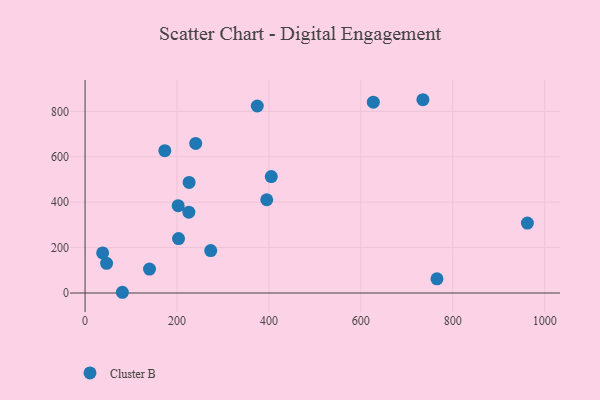
{"axis": {"x": "Experience", "y": "Exam Score"}, "legend": ["Cluster B"], "data": [{"x": "735.1", "y": 851.2, "type": "Cluster B"}, {"x": "405.2", "y": 512.7, "type": "Cluster B"}, {"x": "46.8", "y": 130.8, "type": "Cluster B"}, {"x": "240.7", "y": 658.6, "type": "Cluster B"}, {"x": "627.2", "y": 840.3, "type": "Cluster B"}, {"x": "140.2", "y": 105.3, "type": "Cluster B"}, {"x": "38.2", "y": 176.4, "type": "Cluster B"}, {"x": "81.2", "y": 3.2, "type": "Cluster B"}, {"x": "203.4", "y": 239.5, "type": "Cluster B"}, {"x": "395.3", "y": 410.7, "type": "Cluster B"}, {"x": "962.4", "y": 307.8, "type": "Cluster B"}, {"x": "765.7", "y": 62.4, "type": "Cluster B"}, {"x": "173.5", "y": 626.9, "type": "Cluster B"}, {"x": "273.4", "y": 187.0, "type": "Cluster B"}, {"x": "374.7", "y": 823.6, "type": "Cluster B"}, {"x": "202.6", "y": 384.6, "type": "Cluster B"}, {"x": "226.4", "y": 486.9, "type": "Cluster B"}, {"x": "225.8", "y": 356.1, "type": "Cluster B"}]}